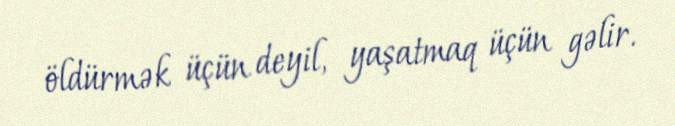
öldürmək üçün deyil, yaşatmaq üçün gəlir.